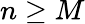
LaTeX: n\geq M